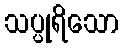
သပ္ပုရိသော